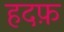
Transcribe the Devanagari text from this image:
हदफ़